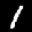
Label: 1